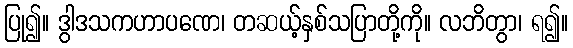
ပြု၍။ ဒွါဒသကဟာပဏေ၊ တဆယ့်နှစ်သပြာတို့ကို။ လဘိတွာ၊ ရ၍။